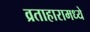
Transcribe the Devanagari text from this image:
व्रताहारामध्ये